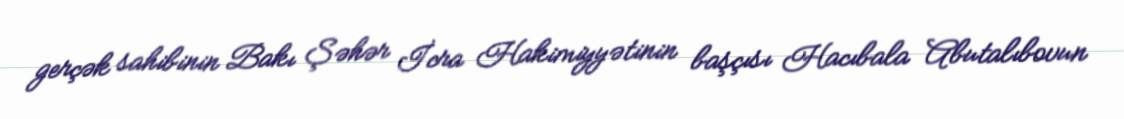
gerçək sahibinin Bakı Şəhər İcra Hakimiyyətinin başçısı Hacıbala Abutalıbovun